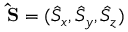
{ \bf \hat { S } } = ( \hat { S } _ { x } , \hat { S } _ { y } , \hat { S } _ { z } )